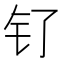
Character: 钌